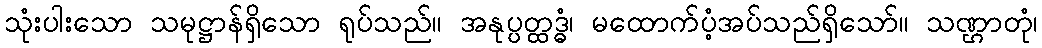
သုံးပါးသော သမုဋ္ဌာန်ရှိသော ရုပ်သည်။ အနုပ္ပတ္ထဒ္ဓံ၊ မထောက်ပံ့အပ်သည်ရှိသော်။ သဏ္ဌာတုံ၊